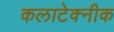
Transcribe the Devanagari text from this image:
कलाटेक्नीक